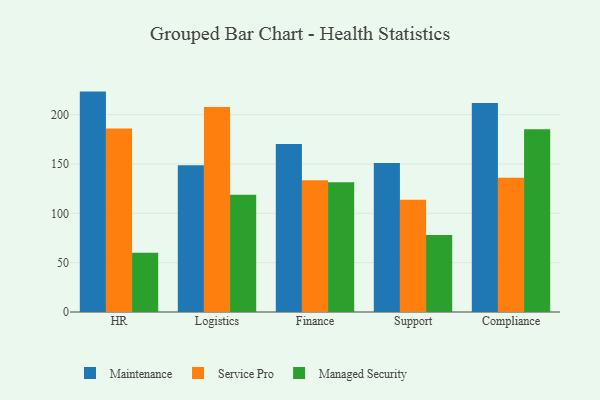
{"axis": {"x": "Department", "y": "Page Views"}, "legend": ["Maintenance", "Managed Security", "Service Pro"], "data": [{"x": "HR", "y": 223.3, "type": "Maintenance"}, {"x": "HR", "y": 186.0, "type": "Service Pro"}, {"x": "HR", "y": 60.1, "type": "Managed Security"}, {"x": "Logistics", "y": 148.8, "type": "Maintenance"}, {"x": "Logistics", "y": 207.7, "type": "Service Pro"}, {"x": "Logistics", "y": 118.7, "type": "Managed Security"}, {"x": "Finance", "y": 170.3, "type": "Maintenance"}, {"x": "Finance", "y": 133.5, "type": "Service Pro"}, {"x": "Finance", "y": 131.5, "type": "Managed Security"}, {"x": "Support", "y": 151.0, "type": "Maintenance"}, {"x": "Support", "y": 113.7, "type": "Service Pro"}, {"x": "Support", "y": 78.0, "type": "Managed Security"}, {"x": "Compliance", "y": 211.7, "type": "Maintenance"}, {"x": "Compliance", "y": 135.9, "type": "Service Pro"}, {"x": "Compliance", "y": 185.1, "type": "Managed Security"}]}